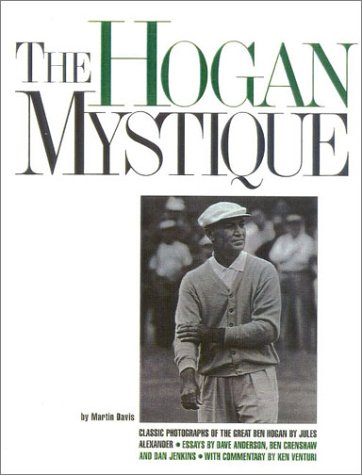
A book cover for The Hogan Mystique; Jules Alexander; Biographies & Memoirs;